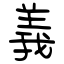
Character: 義